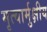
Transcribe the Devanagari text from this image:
मृत्यार्मुक्षीय